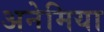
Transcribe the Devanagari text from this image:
अनेमिया